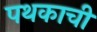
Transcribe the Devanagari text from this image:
पथकाची